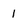
Character: l